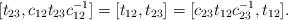
LaTeX: \begin{align*} [t_{23},c_{12}t_{23}c^{-1}_{12}]=[t_{12},t_{23}]=[c_{23}t_{12}c^{-1}_{23},t_{12}]. \end{align*}